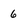
Character: 6